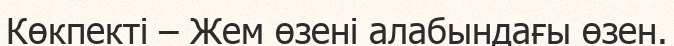
Көкпекті – Жем өзені алабындағы өзен.